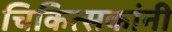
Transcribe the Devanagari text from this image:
चिकित्सकांनी